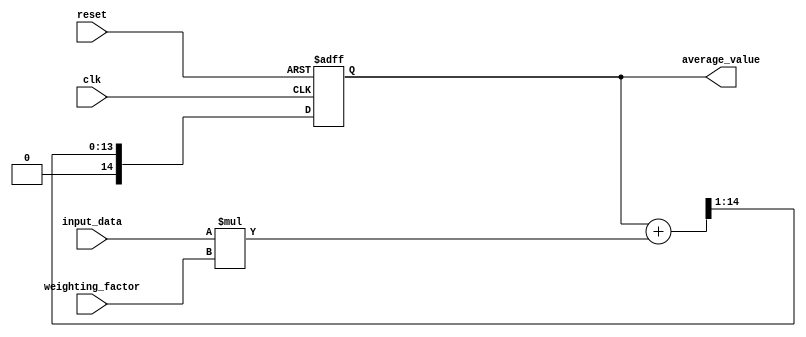
module EMA_accumulator (
    input clk,
    input reset,
    input [7:0] input_data,
    input [7:0] weighting_factor,
    output reg [14:0] average_value
);

always @(posedge clk or posedge reset) begin
    if (reset) begin
        average_value <= 0;
    end else begin
        average_value <= (average_value + (input_data * weighting_factor)) >> 1;
    end
end

endmodule